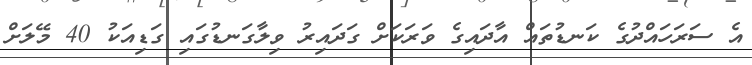
އެ ސަރަހައްދުގެ ކަނޑުތައް އާދައިގެ ވަރަކަށް ގަދައިރު ވިލާގަނޑުގައި ގަޑިއަކު 40 މޭލަށް